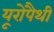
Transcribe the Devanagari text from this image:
यूरोपैथी